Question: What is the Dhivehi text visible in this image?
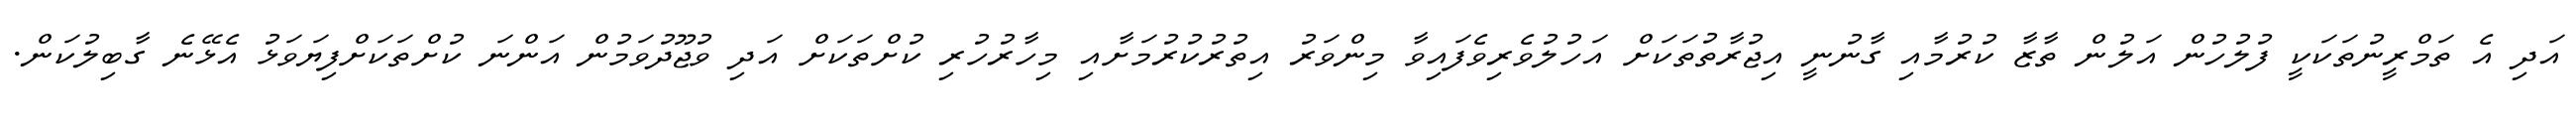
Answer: އަދި އެ ތަމްރީނުތަކަކީ ފުލުހުން އަލުން ތާޒާ ކުރުމާއި ގާނުނީ އިޖުރާތުތަކަށް އަހުލުވެރިވެފައިވާ މިންވަރު އިތުރުކުރުމަށާއި މިހާރުހުރި ކުށްތަކަށް އަދި ވުޖޫދުވަމުން އަންނަ ކުށްތަކަށްފިޔަވަޅު އެޅޭނެ ގާބިލުކަން.